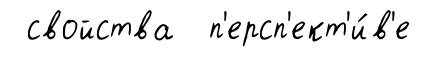
свойства п'ерсп'ект'и́в'е